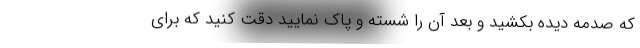
که صدمه دیده بکشید و بعد آن را شسته و پاک نمایید دقت کنید که برای